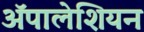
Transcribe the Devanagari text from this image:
ॲपालेशियन